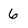
Character: 6